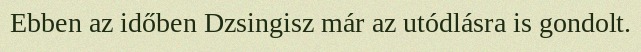
Ebben az időben Dzsingisz már az utódlásra is gondolt.